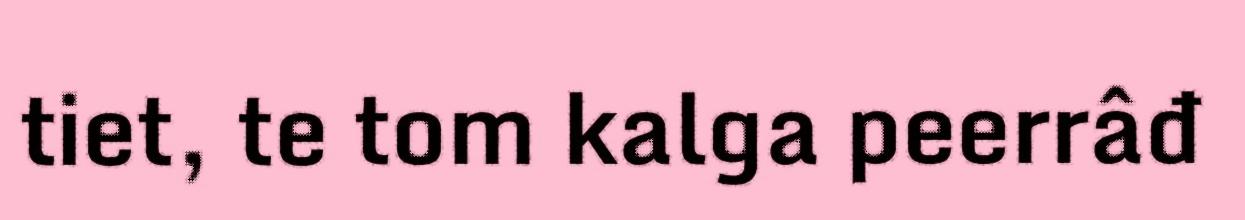
tiet, te tom kalga peerrâđ